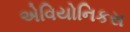
એવિયોનિકસ